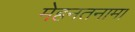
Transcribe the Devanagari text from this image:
मेहनतनामा